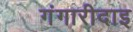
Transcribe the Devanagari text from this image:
गंगारीदाइ